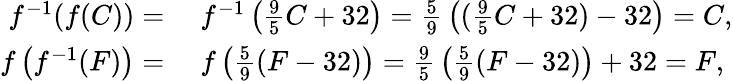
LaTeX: \begin{array}{rl}{f^{-1}(f(C))={}}&{{}f^{-1}\left({\frac{9}{5}}C+32\right)={\frac{5}{9}}\left(({\frac{9}{5}}C+32)-32\right)=C,}\\ {f\left(f^{-1}(F)\right)={}}&{{}f\left({\frac{5}{9}}(F-32)\right)={\frac{9}{5}}\left({\frac{5}{9}}(F-32)\right)+32=F,}\end{array}